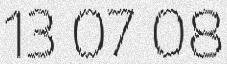
13 07 08